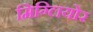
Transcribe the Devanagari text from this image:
मिग्लियोर